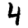
Digit: 4